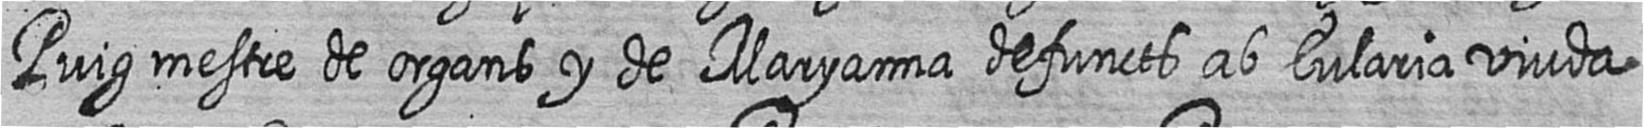
Puig mestre de organs y de Maryanna defuncts ab Eularia viuda